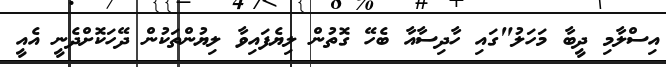
އިސްލާމި ދީބާ މަހަލު"ގައި ހާދިސާއާ ބެހޭ ގޮތުން ލިޔެފައިވާ ލިޔުންތަކުން ދޭހަކޮށްދެނީ އެއީ